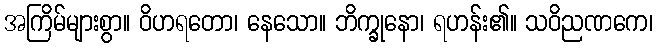
အကြိမ်များစွာ။ ဝိဟရတော၊ နေသော။ ဘိက္ခုနော၊ ရဟန်း၏။ သဝိညဏကေ၊